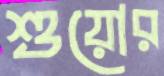
শুয়োর